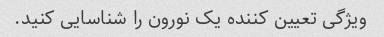
ویژگی تعیین کننده یک نورون را شناسایی کنید.